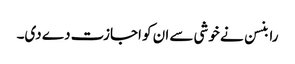
رابنسن نے خوشی سے ان کو اجازت دے دی۔